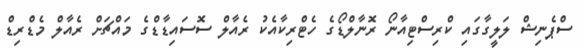
ސްޕެނިޝް ލަލީގާގައި ކްރިސްޓިއާނޯ ރޮނާލްޑޯގެ ހެޓްރިކާއެކު ރެއާލް ސޮސައިޑާޑްގެ މައްޗަށް ރެއާލް މެޑްރިޑް